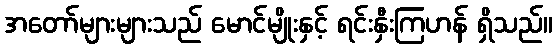
အတော်များများသည် မောင်မျိုးနှင့် ရင်းနှီးကြဟန် ရှိသည်။